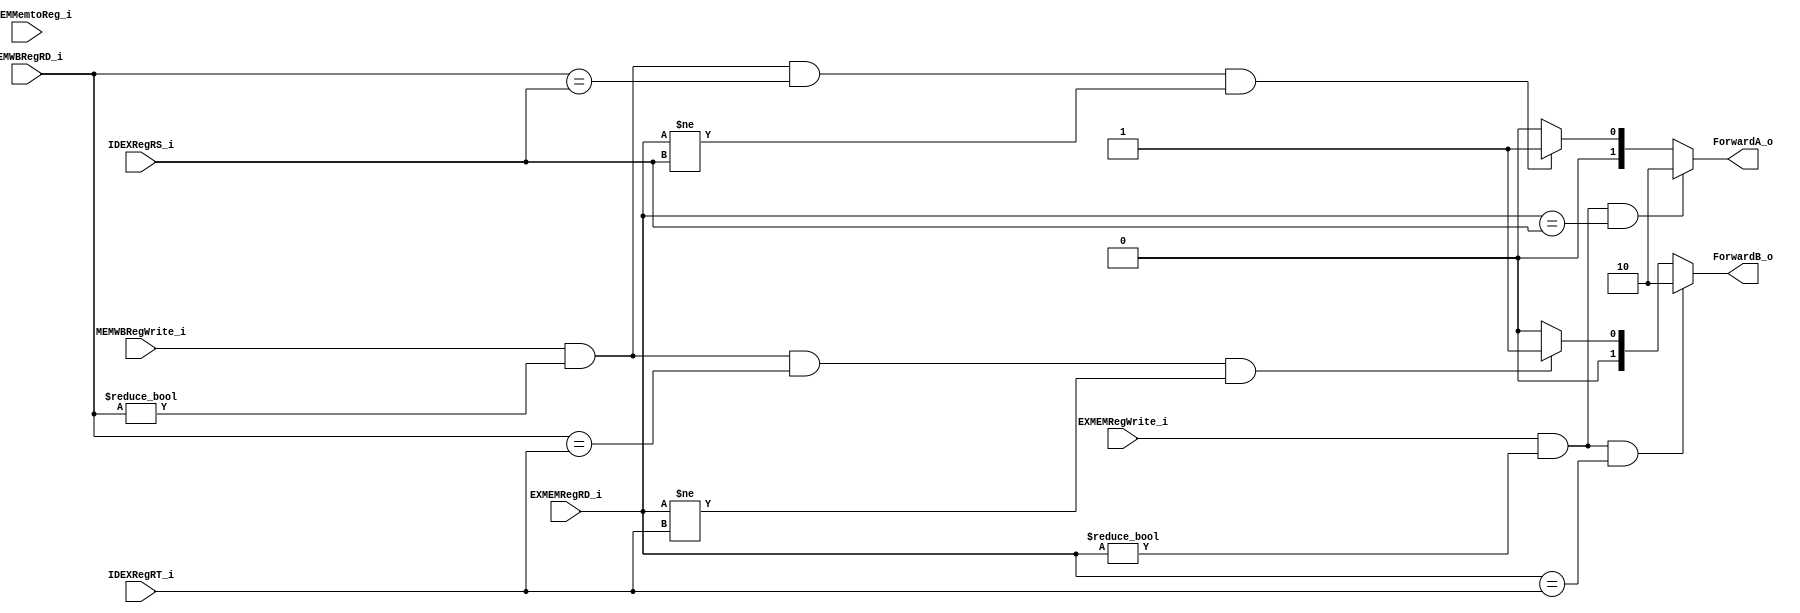
module Forward(
  EXMEMRegRD_i,//destination from EX_MEM
  EXMEMRegWrite_i,//control signal from EX_MEM
  EXMEMMemtoReg_i,//control signal from EX_MEM
  MEMWBRegRD_i,//destination from MEM_WB
  MEMWBRegWrite_i,//control signal from MEM_WB
  IDEXRegRT_i,//form ID_EX
  IDEXRegRS_i,//from ID_EX
    
  ForwardA_o,//control signal to MUX6
  ForwardB_o //control signal to MUX7
);

input [4:0] EXMEMRegRD_i, MEMWBRegRD_i, IDEXRegRT_i, IDEXRegRS_i;
input EXMEMRegWrite_i, EXMEMMemtoReg_i, MEMWBRegWrite_i;

output reg [1:0] ForwardA_o, ForwardB_o;

// for MUX6 (RS)
always@(EXMEMRegRD_i or EXMEMRegWrite_i or EXMEMMemtoReg_i or MEMWBRegRD_i or MEMWBRegWrite_i or IDEXRegRT_i or IDEXRegRS_i)
begin
if ( EXMEMRegWrite_i && (EXMEMRegRD_i != 0) && (EXMEMRegRD_i == IDEXRegRS_i) )//ex add
  ForwardA_o <= 2'b10;
else if( MEMWBRegWrite_i && ( MEMWBRegRD_i != 0) && ( MEMWBRegRD_i == IDEXRegRS_i) && ( EXMEMRegRD_i != IDEXRegRS_i) )   //ex, lw => forward result of MEMWB to MUX6   
  ForwardA_o <= 2'b01;
else     //no forward
  ForwardA_o <= 2'b00;
  
// for MUX7 (RT)
if ( EXMEMRegWrite_i && (EXMEMRegRD_i != 0) && (EXMEMRegRD_i == IDEXRegRT_i) )//ex add
  ForwardB_o <= 2'b10;
else if( MEMWBRegWrite_i && ( MEMWBRegRD_i != 0) && ( MEMWBRegRD_i == IDEXRegRT_i) && ( EXMEMRegRD_i != IDEXRegRT_i) )   //ex, lw => forward result of MEMWB to MUX7   
  ForwardB_o <= 2'b01;
else     //no forward
  ForwardB_o <= 2'b00;  
end
endmodule